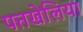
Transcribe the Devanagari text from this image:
पत्तखेलिया